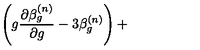
\left( g \frac { \partial \beta _ { g } ^ { ( n ) } } { \partial g } - 3 \beta _ { g } ^ { ( n ) } \right) +